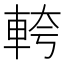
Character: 𮝎